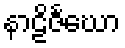
နာဠိဇင်္ဃော